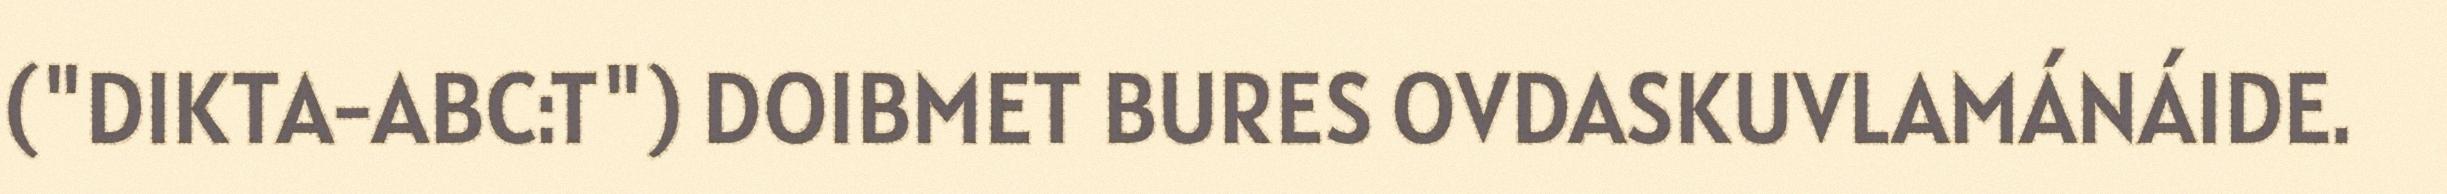
("DIKTA-ABC:T") DOIBMET BURES OVDASKUVLAMÁNÁIDE.